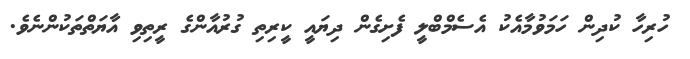
ހުރިހާ ކުދިން ހަމަވުމާއެކު އެސެމްބްލީ ފެށިގެން ދިޔައީ ކީރިތި ގުރުއާންގެ ރީތިވި އާޔަތްތަކުންނެވެ.